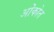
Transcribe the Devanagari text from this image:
ओंकोत